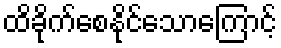
ထိခိုက်စေနိုင်သောကြောင့်